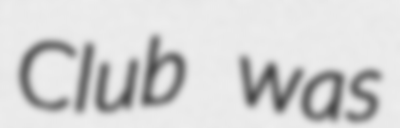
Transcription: Club was